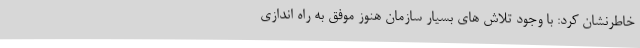
خاطرنشان کرد: با وجود تلاش های بسیار سازمان هنوز موفق به راه اندازی